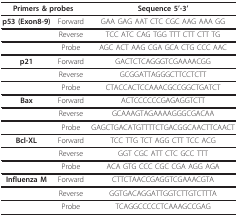
<table><thead><tr><td colspan="2"><b>Primers &amp; probes</b></td><td><b>Sequence 5&#x27;-3&#x27;</b></td></tr></thead><tbody><tr><td><b>p53 (Exon8-9)</b></td><td>Forward</td><td>GAA GAG AAT CTC CGC AAG AAA GG</td></tr><tr><td></td><td>Reverse</td><td>TCC ATC CAG TGG TTT CTT CTT TG</td></tr><tr><td></td><td>Probe</td><td>AGC ACT AAG CGA GCA CTG CCC AAC</td></tr><tr><td><b>p21</b></td><td>Forward</td><td>GACTCTCAGGGTCGAAAACGG</td></tr><tr><td></td><td>Reverse</td><td>GCGGATTAGGGCTTCCTCTT</td></tr><tr><td></td><td>Probe</td><td>CTACCACTCCAAACGCCGGCTGATCT</td></tr><tr><td><b>Bax</b></td><td>Forward</td><td>ACTCCCCCCGAGAGGTCTT</td></tr><tr><td></td><td>Reverse</td><td>GCAAAGTAGAAAAGGGCGACAA</td></tr><tr><td></td><td>Probe</td><td>GAGCTGACATGTTTTCTGACGGCAACTTCAACT</td></tr><tr><td><b>Bcl-XL</b></td><td>Forward</td><td>TCC TTG TCT AGG CTT TCC ACG</td></tr><tr><td></td><td>Reverse</td><td>GGT CGC ATT CTC GCC TTT</td></tr><tr><td></td><td>Probe</td><td>ACA GTG CCC CGC CGA AGG AGA</td></tr><tr><td><b>Influenza M</b></td><td>Forward</td><td>CTTCTAACCGAGGTCGAAACGTA</td></tr><tr><td></td><td>Reverse</td><td>GGTGACAGGATTGGTCTTGTCTTTA</td></tr><tr><td></td><td>Probe</td><td>TCAGGCCCCCTCAAAGCCGAG</td></tr></tbody></table>